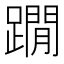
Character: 𨆀